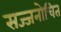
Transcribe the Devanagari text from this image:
सज्जनोचित